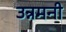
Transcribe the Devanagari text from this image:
उन्नमनी